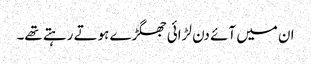
ان میں آئے دن لڑائی جھگڑے ہوتے رہتے تھے۔